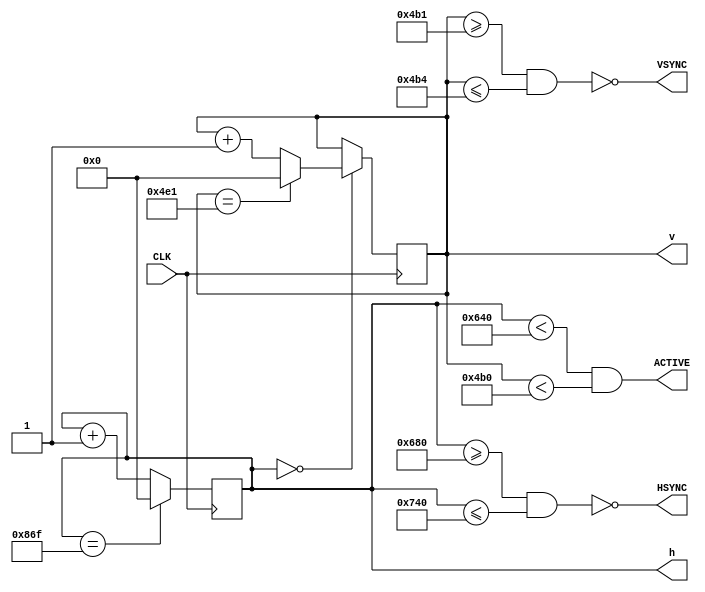
module sync(
    input               CLK,
    output              HSYNC,
    output              VSYNC,
    output              ACTIVE,
    output wire [12:0]  h,
    output wire [12:0]  v
);

    // Timing parameters (1024x768 @ 60 Hz)
	/*
	localparam H_ACTIVE = 1024;     // Horizontal active pixels
	localparam H_FPORCH = 24;       // Horizontal front porch
	localparam H_PULSE  = 136;      // Horizontal sync pulse
	localparam H_BPORCH = 160;      // Horizontal back porch
	localparam V_ACTIVE = 768;      // Vertical active pixels
	localparam V_FPORCH = 3;        // Vertical front porch
	localparam V_PULSE  = 6;        // Vertical sync pulse
	localparam V_BPORCH = 29;       // Vertical back porch
	*/

	// Timing parameters (1600x1200 @ 60 Hz)
	localparam H_ACTIVE = 1600;     // Horizontal active pixels
	localparam H_FPORCH = 64;       // Horizontal front porch
	localparam H_PULSE  = 192;      // Horizontal sync pulse
	localparam H_BPORCH = 304;      // Horizontal back porch
	localparam V_ACTIVE = 1200;     // Vertical active pixels
	localparam V_FPORCH = 1;        // Vertical front porch
	localparam V_PULSE  = 3;        // Vertical sync pulse
	localparam V_BPORCH = 46;       // Vertical back porch

	// Calculated timing parameters
	localparam H_SYNC_S = H_ACTIVE + H_FPORCH;     							// Horizontal sync start
	localparam H_SYNC_E = H_SYNC_S + H_PULSE;      							// Horizontal sync end
	localparam H_TOTAL  = H_ACTIVE + H_FPORCH + H_PULSE + H_BPORCH - 1;     // Horizontal total pixels
	localparam V_SYNC_S = V_ACTIVE + V_FPORCH;     							// Horizontal sync start
	localparam V_SYNC_E = V_SYNC_S + V_PULSE;      							// Horizontal sync end
	localparam V_TOTAL  = V_ACTIVE + V_FPORCH + V_PULSE + V_BPORCH - 1;     // Horizontal total pixels

    // Position registers
	reg [12:0] h_out, v_out;
	
	// Generate horizontal and vertical sync signals
	always @(posedge CLK) begin
		// Reset horizontal position if at last pixel
		// else increment to next pixel
		h_out <= h_out == H_TOTAL ? 0 : h_out + 1;
		
		// Increment vertical position after horizontal reset
		// and reset vertical position if at last row
		// else do nothing
		v_out <= h_out == 0 ? (
			v_out == V_TOTAL ? 0 : v_out + 1
		) : v_out;
	end
	
	// Assign outputs
	assign HSYNC  = ~( h_out >= H_SYNC_S && h_out <= H_SYNC_E );
	assign VSYNC  = ~( v_out >= V_SYNC_S && v_out <= V_SYNC_E );
    assign ACTIVE = h_out < H_ACTIVE && v_out < V_ACTIVE;
    assign h = h_out;
    assign v = v_out;
endmodule